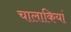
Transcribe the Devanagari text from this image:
चालाकियां